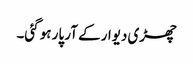
چھڑی دیوار کے آر پار ہو گئی۔